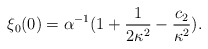
\begin{align*}\xi_{0}(0)= \alpha^{-1}(1+\frac{1}{2\kappa^{2}} -\frac{c_{2}}{\kappa^{2}}).\end{align*}